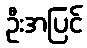
ဦးအပြင်